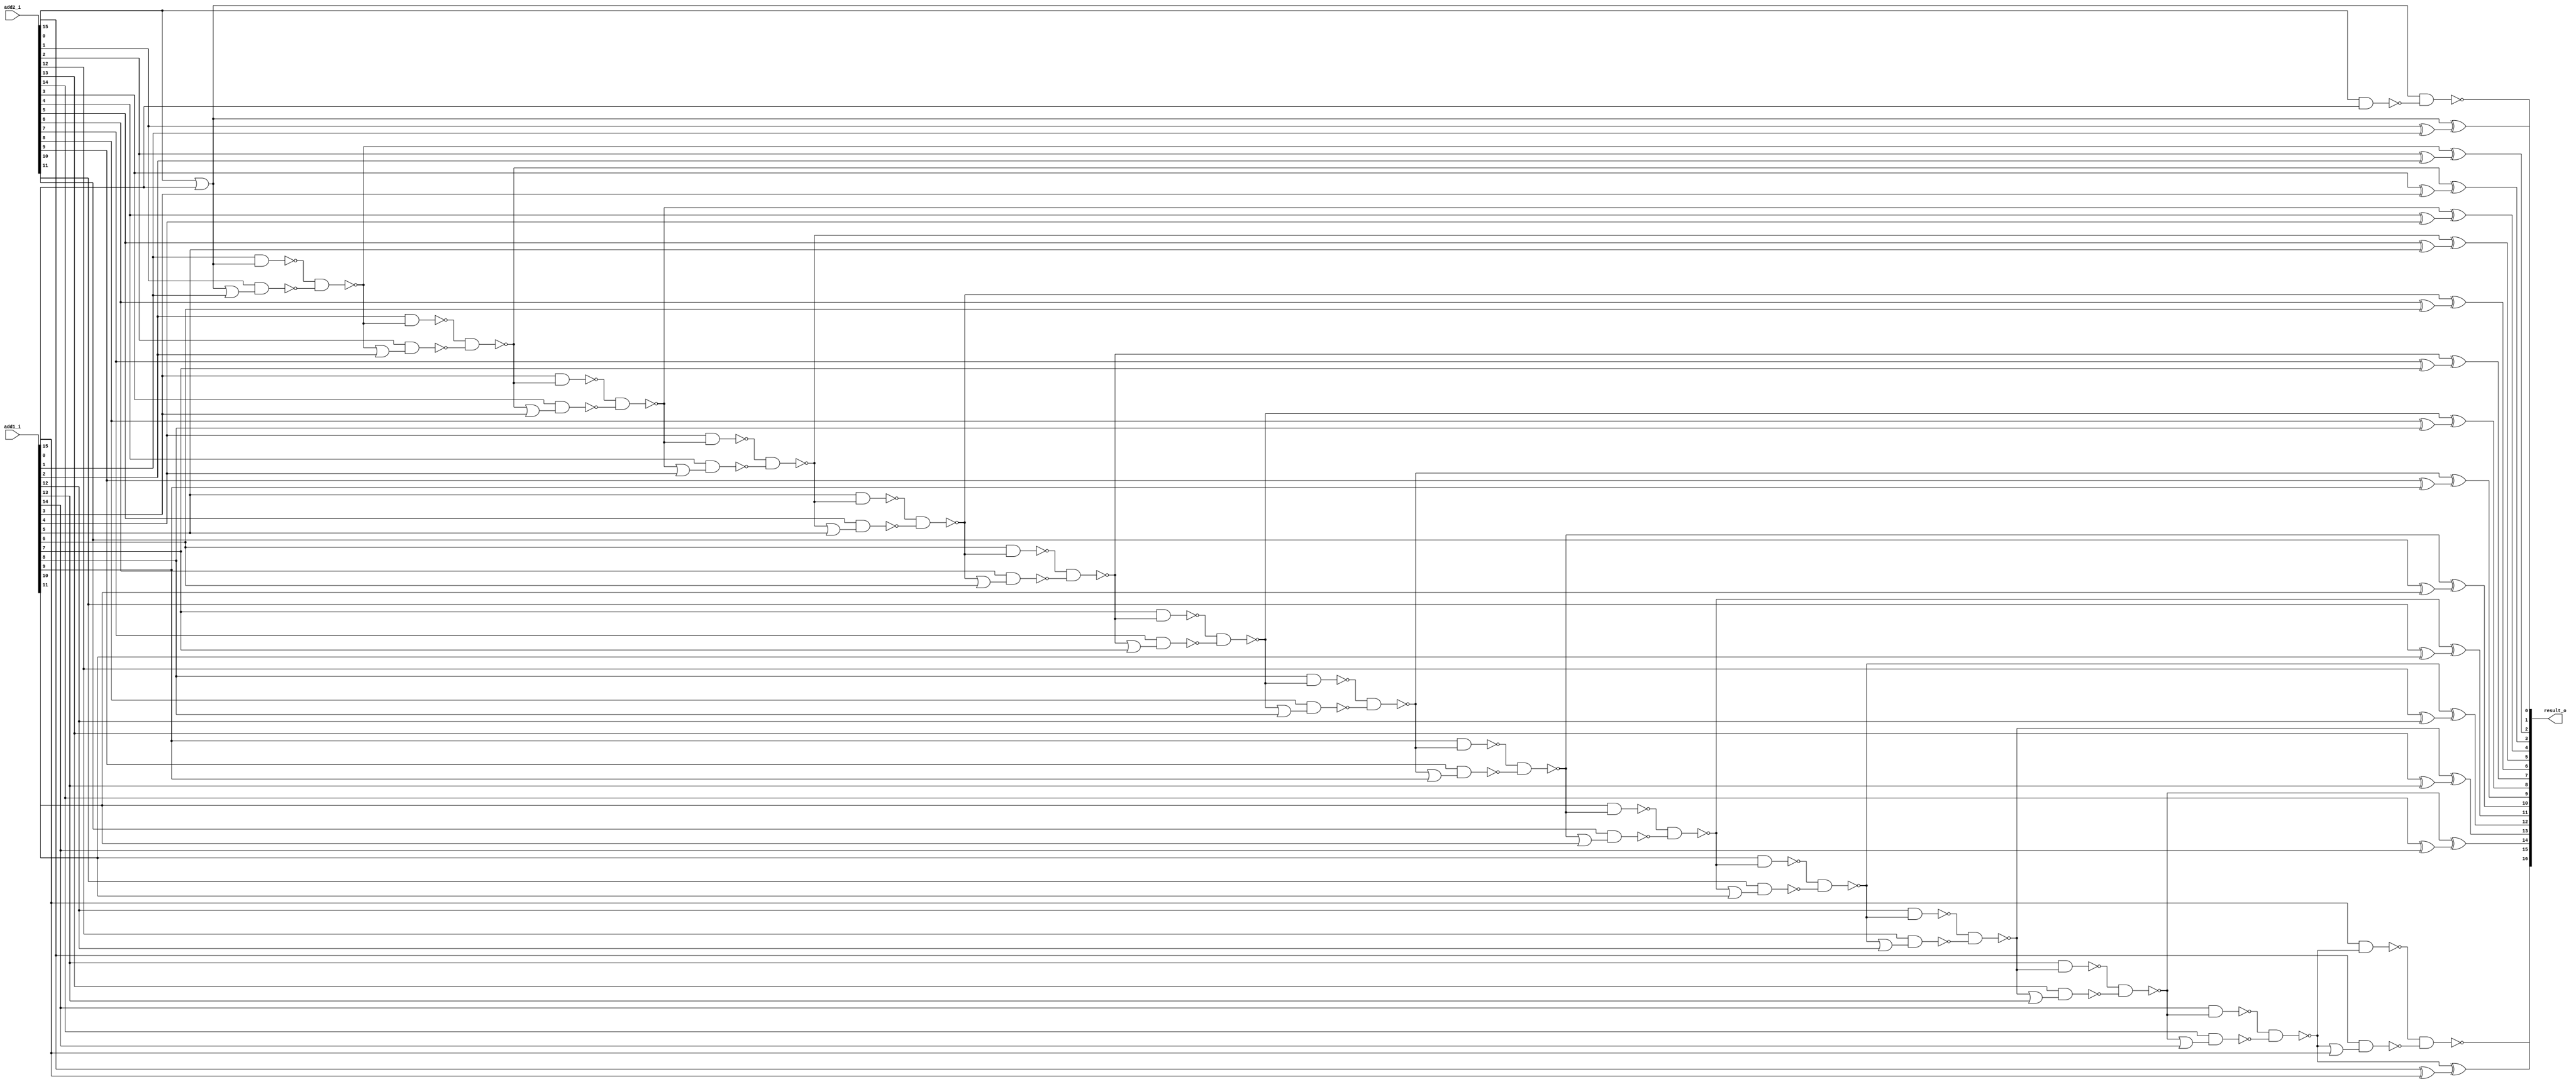
module carry_lookahead_adder16 ( add1_i, add2_i, result_o );
  input [15:0] add1_i, add2_i;
  output [16:0] result_o;
  wire   n61, n62, n63, n64, n65, n66, n67, n68, n69, n70, n71, n72, n73, n74,
         n75, n76, n77, n78, n79, n80, n81, n82, n83, n84, n85, n86, n87, n88,
         n89, n90, n91, n92, n93, n94, n95, n96, n97, n98, n99, n100, n101,
         n102, n103, n104, n105, n106, n107, n108, n109, n110, n111, n112,
         n113, n114, n115, n116, n117, n118, n119, n120, n121, n122, n123,
         n124, n125, n126, n127, n128, n129, n130, n131, n132, n133, n134,
         n135, n136;

  xor U126 ( result_o[9], n61, n62);
  xor U127 ( n62, add2_i[9], add1_i[9]);
  xor U128 ( result_o[8], n63, n64);
  xor U129 ( n64, add2_i[8], add1_i[8]);
  xor U130 ( result_o[7], n65, n66);
  xor U131 ( n66, add2_i[7], add1_i[7]);
  xor U132 ( result_o[6], n67, n68);
  xor U133 ( n68, add2_i[6], add1_i[6]);
  xor U134 ( result_o[5], n69, n70);
  xor U135 ( n70, add2_i[5], add1_i[5]);
  xor U136 ( result_o[4], n71, n72);
  xor U137 ( n72, add2_i[4], add1_i[4]);
  xor U138 ( result_o[3], n73, n74);
  xor U139 ( n74, add2_i[3], add1_i[3]);
  xor U140 ( result_o[2], n75, n76);
  xor U141 ( n76, add2_i[2], add1_i[2]);
  xor U142 ( result_o[1], n77, n78);
  xor U143 ( n78, add2_i[1], add1_i[1]);
  xor U144 ( result_o[15], n82, n83);
  xor U145 ( n83, add2_i[15], add1_i[15]);
  xor U146 ( result_o[14], n87, n88);
  xor U147 ( n88, add2_i[14], add1_i[14]);
  xor U148 ( result_o[13], n92, n93);
  xor U149 ( n93, add2_i[13], add1_i[13]);
  xor U150 ( result_o[12], n97, n98);
  xor U151 ( n98, add2_i[12], add1_i[12]);
  xor U152 ( result_o[11], n102, n103);
  xor U153 ( n103, add2_i[11], add1_i[11]);
  xor U154 ( result_o[10], n107, n108);
  xor U155 ( n108, add2_i[10], add1_i[10]);
  or U156 ( n77, add2_i[0], add1_i[0]);
  nand U157 ( n75, n133, n134);
  nand U158 ( n133, add1_i[1], n77);
  nand U159 ( n134, add2_i[1], n135);
  or U160 ( n135, n77, add1_i[1]);
  nand U161 ( n73, n130, n131);
  nand U162 ( n130, add1_i[2], n75);
  nand U163 ( n131, add2_i[2], n132);
  or U164 ( n132, n75, add1_i[2]);
  nand U165 ( n92, n94, n95);
  nand U166 ( n94, add1_i[12], n97);
  nand U167 ( n95, add2_i[12], n96);
  or U168 ( n96, n97, add1_i[12]);
  nand U169 ( n87, n89, n90);
  nand U170 ( n89, add1_i[13], n92);
  nand U171 ( n90, add2_i[13], n91);
  or U172 ( n91, n92, add1_i[13]);
  nand U173 ( n82, n84, n85);
  nand U174 ( n84, add1_i[14], n87);
  nand U175 ( n85, add2_i[14], n86);
  or U176 ( n86, n87, add1_i[14]);
  nand U177 ( n71, n127, n128);
  nand U178 ( n127, add1_i[3], n73);
  nand U179 ( n128, add2_i[3], n129);
  or U180 ( n129, n73, add1_i[3]);
  nand U181 ( n69, n124, n125);
  nand U182 ( n124, add1_i[4], n71);
  nand U183 ( n125, add2_i[4], n126);
  or U184 ( n126, n71, add1_i[4]);
  nand U185 ( n67, n121, n122);
  nand U186 ( n121, add1_i[5], n69);
  nand U187 ( n122, add2_i[5], n123);
  or U188 ( n123, n69, add1_i[5]);
  nand U189 ( n65, n118, n119);
  nand U190 ( n118, add1_i[6], n67);
  nand U191 ( n119, add2_i[6], n120);
  or U192 ( n120, n67, add1_i[6]);
  nand U193 ( n63, n115, n116);
  nand U194 ( n115, add1_i[7], n65);
  nand U195 ( n116, add2_i[7], n117);
  or U196 ( n117, n65, add1_i[7]);
  nand U197 ( n61, n112, n113);
  nand U198 ( n112, add1_i[8], n63);
  nand U199 ( n113, add2_i[8], n114);
  or U200 ( n114, n63, add1_i[8]);
  nand U201 ( n107, n109, n110);
  nand U202 ( n109, add1_i[9], n61);
  nand U203 ( n110, add2_i[9], n111);
  or U204 ( n111, n61, add1_i[9]);
  nand U205 ( n102, n104, n105);
  nand U206 ( n104, add1_i[10], n107);
  nand U207 ( n105, add2_i[10], n106);
  or U208 ( n106, n107, add1_i[10]);
  nand U209 ( n97, n99, n100);
  nand U210 ( n99, add1_i[11], n102);
  nand U211 ( n100, add2_i[11], n101);
  or U212 ( n101, n102, add1_i[11]);
  nand U213 ( result_o[16], n79, n80);
  nand U214 ( n79, add1_i[15], n82);
  nand U215 ( n80, add2_i[15], n81);
  or U216 ( n81, n82, add1_i[15]);
  nand U217 ( result_o[0], n77, n136);
  nand U218 ( n136, add2_i[0], add1_i[0]);
endmodule